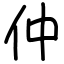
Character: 仲